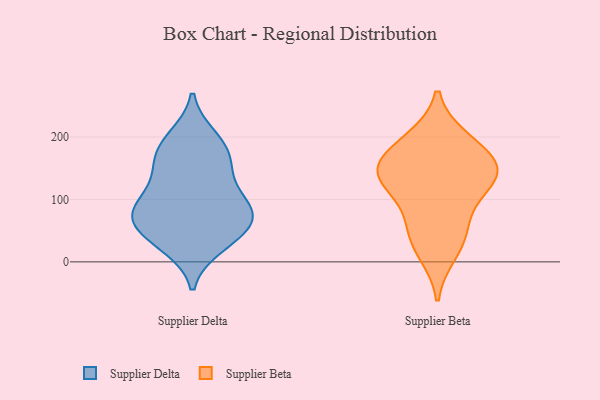
{"axis": {"x": "Page Views", "y": "Value"}, "legend": ["Supplier Beta", "Supplier Delta"], "data": [{"x": "", "y": 68, "type": "Supplier Delta"}, {"x": "", "y": 194, "type": "Supplier Delta"}, {"x": "", "y": 70, "type": "Supplier Delta"}, {"x": "", "y": 164, "type": "Supplier Delta"}, {"x": "", "y": 84, "type": "Supplier Delta"}, {"x": "", "y": 166, "type": "Supplier Delta"}, {"x": "", "y": 73, "type": "Supplier Delta"}, {"x": "", "y": 25, "type": "Supplier Delta"}, {"x": "", "y": 71, "type": "Supplier Delta"}, {"x": "", "y": 85, "type": "Supplier Delta"}, {"x": "", "y": 117, "type": "Supplier Delta"}, {"x": "", "y": 157, "type": "Supplier Delta"}, {"x": "", "y": 37, "type": "Supplier Delta"}, {"x": "", "y": 34, "type": "Supplier Delta"}, {"x": "", "y": 200, "type": "Supplier Delta"}, {"x": "", "y": 117, "type": "Supplier Delta"}, {"x": "", "y": 39, "type": "Supplier Beta"}, {"x": "", "y": 193, "type": "Supplier Beta"}, {"x": "", "y": 90, "type": "Supplier Beta"}, {"x": "", "y": 197, "type": "Supplier Beta"}, {"x": "", "y": 130, "type": "Supplier Beta"}, {"x": "", "y": 145, "type": "Supplier Beta"}, {"x": "", "y": 14, "type": "Supplier Beta"}, {"x": "", "y": 137, "type": "Supplier Beta"}, {"x": "", "y": 57, "type": "Supplier Beta"}, {"x": "", "y": 156, "type": "Supplier Beta"}, {"x": "", "y": 160, "type": "Supplier Beta"}, {"x": "", "y": 133, "type": "Supplier Beta"}]}